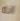
انه